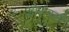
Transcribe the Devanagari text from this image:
ओसरली